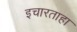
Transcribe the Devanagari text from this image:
इचारताहा